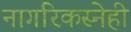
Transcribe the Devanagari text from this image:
नागरिकस्नेही